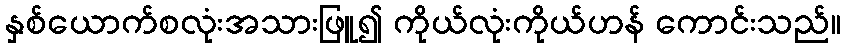
နှစ်ယောက်စလုံးအသားဖြူ၍ ကိုယ်လုံးကိုယ်ဟန် ကောင်းသည်။